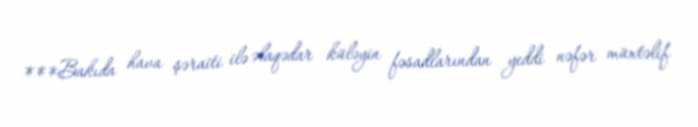
***Bakıda hava şəraiti ilə əlaqədar küləyin fəsadlarından yeddi nəfər müxtəlif